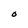
Character: O